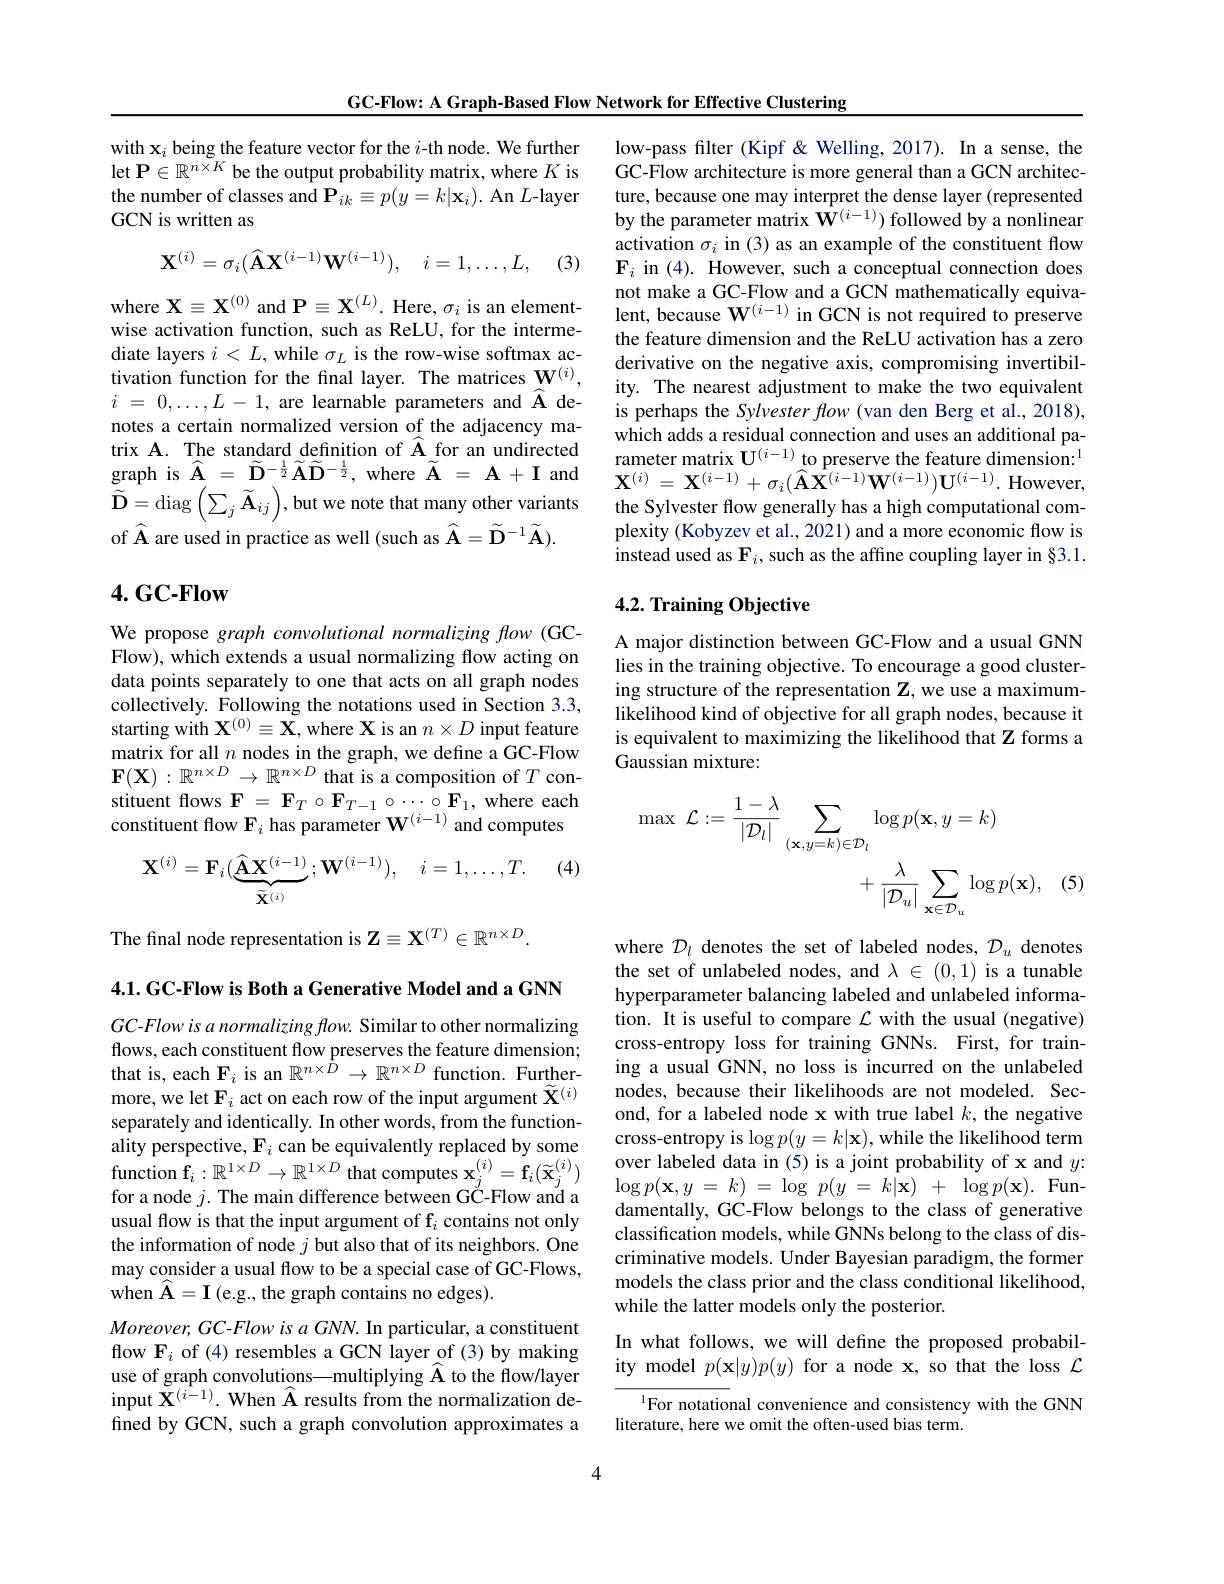
GC-Flow: A Graph-Based Flow Network for Effective Clustering

with $\mathbf{x}_i$ being the feature vector for the $i$-th node. We further let $\mathbf{P}\in\mathbb{R}^n\times K$ be the output probability matrix, where $K$ is the number of classes and $\mathbf{P}_ik\equiv p(y=k|\mathbf{x}_i).$ An $L$-layer GCN is written as
$$\mathbf{X}^{(i)}=\sigma_{i}(\widehat{\mathbf{A}}\mathbf{X}^{(i-1)}\mathbf{W}^{(i-1)}),\quad i=1,\ldots,L,$$
(3)

where $\mathbf{X}\equiv\mathbf{X}^{(0)}$ and $\mathbf{P}\equiv\mathbf{X}^{(L)}.$ Here, $\sigma_i$ is an elementwise activation function, such as ReLU, for the intermediate layers $i<L$, while $\sigma_L$ is the row-wise softmax activation function for the final layer. The matrices $\mathbf{W}^{(i)}$, $i$ = $0, \ldots , L$ - 1, are learnable parameters and $\widehat{\mathbf{A}}$ denotes a certain normalized version of the adjacency matrix A. The standard definition of $\widehat{\mathbf{A}}$ for an undirected graph is $\widehat{\mathbf{A}}=\widetilde{\mathbf{D}}^{-\frac12}\widetilde{\mathbf{A}}\widetilde{\mathbf{D}}^{-\frac12}$, where $\widetilde{\mathbf{A}}=\mathbf{A}+\mathbf{I}$ and $\begin{array}{c}{\widetilde{\mathbf{D}}}=\operatorname{diag}\left(\sum_{j}\widetilde{\mathbf{A}}_{ij}\right),\operatorname{but~we~note~that~many~other~variants}\\{\stackrel{\sim}{\longrightarrow}}\end{array}$ of $\widehat{\mathbf{A}}$ are used in practice as well (such as $\widehat{\mathbf{A}}=\widetilde{\mathbf{D}}^{-1}\widetilde{\mathbf{A}}).$

# $4.GC-Flow$

We propose graph convolutional normalizing flow (GCFlow), which extends a usual normalizing flow acting on data points separately to one that acts on all graph nodes collectively. Following the notations used in Section 3.3, starting with $\mathbf{X}^{(0)}\equiv\mathbf{X}$,where X is an $n\times D$ input feature matrix for all $n$ nodes in the graph, we define a GC-Flow $\mathbf{F}(\mathbf{X}):\mathbb{R}^{n\times D}\to\mathbb{R}^{n\times D}$ that is a composition of $T$ constituent flows $\mathbf{F}=\mathbf{F}_T\circ\mathbf{F}_{T-1}\circ\cdots\circ\mathbf{F}_1$, where each constituent flow $\mathbf{F}_i$ has parameter $\mathbf{W}^{(i-1)}$ and computes

(4)
$$\mathbf{X}^{(i)}=\mathbf{F}_{i}(\underbrace{\widehat{\mathbf{A}}\mathbf{X}^{(i-1)}}_{\widetilde{\mathbf{X}}^{(i)}};\mathbf{W}^{(i-1)}),\quad i=1,\dots,T.$$
The final node representation is $\mathbf{Z}\equiv\mathbf{X}^{(T)}\in\mathbb{R}^{n\times D}.$

4.1. GC-Flow is Both a Generative Model and a GNN

GC-Flow is a normalizing flow. Similar to other normalizing flows, each constituent flow preserves the feature dimension; that is, each $\mathbf{F}_i$ is an $\mathbb{R}^n\times\hat{D}\to\mathbb{R}^{n\times D}$ function. Furthermore, we let $\mathbf{F}_i$ act on each row of the input argument $\widetilde{\mathbf{X}}^{(i)}$ separately and identically. In other words, from the functionality perspective, $\mathbf{F}_i$ can be equivalently replaced by some for a node $j.$ The main difference between GC-Flow and a usual flow is that the input argument of f$_i$ contains not only the information of node $j$ but also that of its neighbors. One may consider a usual flow to be a special case of GC-Flows, when $\widehat{\mathbf{A} } = \mathbf{I} \left ( \mathrm{e. g. , ~the~graph~contains~no~edges}\right ) .$
$Moreover,GC-FlowisaGNN.$ In particular, a constituent flow $\mathbf{F}_i$ of (4) resembles a GCN layer of (3) by making use of graph convolutions—multiplying $\widehat{\mathbf{A}}$ to the flow/layer input $\mathbf{X} ^{( i- 1) }.$ When $\widehat{\mathbf{A}}$ results from the normalization defined by GCN, such a graph convolution approximates a

low-pass filter (Kipf&Welling,2017). In a sense, the GC-Flow architecture is more general than a GCN architecture, because one may interpret the dense layer (represented by the parameter matrix $\mathbf{W}^{(i-1)})$ followed by a nonlinear activation $\sigma_i$ in (3) as an example of the constituent flow $\mathbf{F}_i$ in (4). However, such a conceptual connection does not make a GC-Flow and a GCN mathematically equivalent, because $\mathbf{W}^{(i-1)}$ in GCN is not required to preserve the feature dimension and the ReLU activation has a zero derivative on the negative axis, compromising invertibility. The nearest adjustment to make the two equivalent is perhaps the Sylvester flow (van den Berg et al., 2018), which adds a residual connection and uses an additional parameter matrix $\mathbf{U}^{(i-1)}$ to preserve the feature dimension:$^{1}$ $\mathbf{X}^{(i)}=\mathbf{X}^{(i-1)}+\sigma_{i}(\widehat{\mathbf{A}}\mathbf{X}^{(i-1)}\mathbf{W}^{(i-1)})\mathbf{U}^{(i-1)}.$However, the Sylvester flow generally has a high computational complexity (Kobyzev et al., 2021) and a more economic flow is instead used as $\mathbf{F}_i$, such as the affine coupling layer in §3.1.

## 4.2. Training Objective

A major distinction between GC-Flow and a usual GNN lies in the training objective. To encourage a good clustering structure of the representation $\mathbf{Z}$, we use a maximumlikelihood kind of objective for all graph nodes, because it is equivalent to maximizing the likelihood that Z forms a Gaussian mixture:
$$\begin{aligned}\max\:\mathcal{L}:=\frac{1-\lambda}{|\mathcal{D}_{l}|}\sum_{(\mathbf{x},y=k)\in\mathcal{D}_{l}}\log p(\mathbf{x},y=k)\\&+\frac{\lambda}{|\mathcal{D}_{u}|}\sum_{\mathbf{x}\in\mathcal{D}_{u}}\log p(\mathbf{x}),\end{aligned}$$
where $\mathcal{D}_l$ denotes the set of labeled nodes, $\mathcal{D}_u$ denotes the set of unlabeled nodes, and $\lambda\in(0,1)$ is a tunable hyperparameter balancing labeled and unlabeled information. It is useful to compare $\mathcal{L}$ with the usual (negative) cross-entropy loss for training GNNs. First, for training a usual GNN, no loss is incurred on the unlabeled nodes, because their likelihoods are not modeled. Second, for a labeled node x with true label $k$, the negative cross-entropy is $\log p(y=k|\mathbf{x})$, while the likelihood term over labeled data in (5) is a joint probability of x and $y:$
$\begin{array}{llll}\text{function f}_i:\mathbb{R}^{1\times D}\to\mathbb{R}^{1\times D}\text{ that computes }\mathbf{x}_j^{(i)}=\mathbf{f}_i(\widetilde{\mathbf{x}}_j^{(i)})&\text{over labeled data in }(5)\text{ is a joint probability of x and }y.\\\text{for a node }j.\text{ The main difference between GC-Flow and a}&\log p(\mathbf{x},y=k)=\log p(y=k|\mathbf{x})+\log p(\mathbf{x}).\end{array}$F
damentally, GC-Flow belongs to the class of generative classification models, while GNNs belong to the class of discriminative models. Under Bayesian paradigm, the former models the class prior and the class conditional likelihood, while the latter models only the posterior.

In what follows, we will define the proposed probability model $p(\mathbf{x}|y)p(y)$ for a node x, so that the loss $\mathcal{L}$

$^{1}$For notational convenience and consistency with the GNN
literature, here we omit the often-used bias term.

4